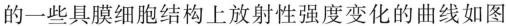
的一些具膜细胞结构上放射性强度变化的曲线如图